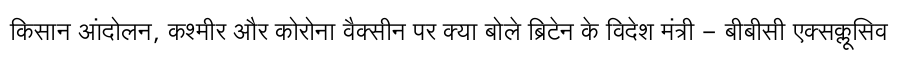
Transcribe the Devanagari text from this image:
किसान आंदोलन, कश्मीर और कोरोना वैक्सीन पर क्या बोले ब्रिटेन के विदेश मंत्री - बीबीसी एक्सक्लूसिव